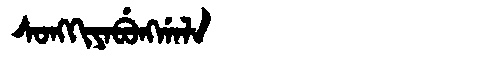
Manchu: ᠰᠣᠩᡴᡳᠶᠠᠪᡠᠩᡤᠠᠯᠠ
Romanization: SONGKIYABUNGGALA